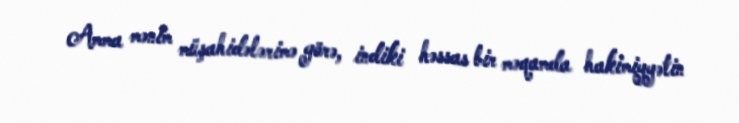
Amma mənim müşahidələrimə görə, indiki həssas bir məqamda hakimiyyətin